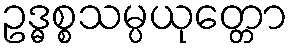
ဥဒ္ဓစ္စသမ္ပယုတ္တော